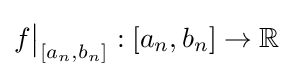
f{\big \vert }_{\left[a_{n},b_{n}\right]}:\left[a_{n},b_{n}\right]\to \mathbb {R}